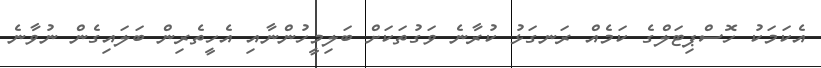
އެކަމަކު ހޮސްޕިޓަލްގެ ކަމެއް ރަނގަޅު ކުރާނެ ވަގުތަކަށް ބަލިމީހުންނާއި އެހީތެރިން ބަލައިގެން ނުވާނެ